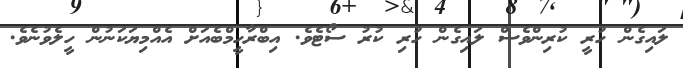
ލައިގެން ހުރީ ކުރިންވެސް ލައިގެން ހުރި ކުރު ސޯޓެވެ. އިބްރާހީމްބެއަށް އެއްމިޔަކަނުން ހީލެވުނެވެ.